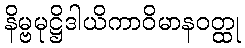
နိမ္ဗမုဋ္ဌိဒါယိကာဝိမာနဝတ္ထု